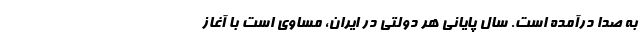
به صدا درآمده است. سال پایانی هر دولتی در ایران، مساوی است با آغاز